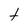
Character: t